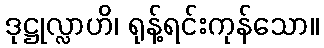
ဒုဋ္ဌုလ္လာဟိ၊ ရုန့်ရင်းကုန်သော။